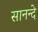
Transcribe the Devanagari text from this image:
सानन्दे